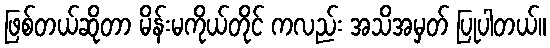
ဖြစ်တယ်ဆိုတာ မိန်းမကိုယ်တိုင် ကလည်း အသိအမှတ် ပြုပါတယ်။